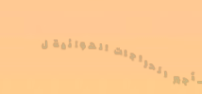
تأجير الدراجات الهوائية ل